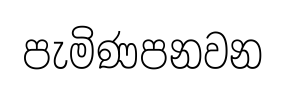
පැමිණපනවන